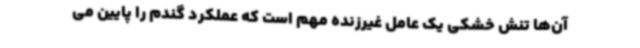
آن‌ها تنش خشکی یک عامل غیرزنده مهم است که عملکرد گندم را پایین می